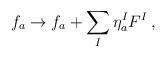
LaTeX: \begin{align*}f_a\rightarrow f_a+ \sum_I\eta_a^IF^I\, ,\end{align*}